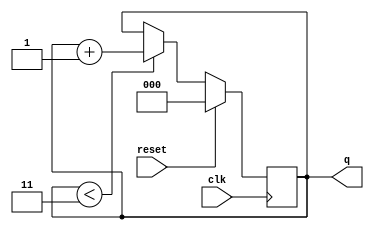
module prog_counter10s (
   input             clk,
	input             reset,
   output reg [2:0]  q
   ); 
	

	always @(posedge clk)
		if (reset)
			q <= 0;
		else if (q < 3)
			q <= q + 1;

endmodule